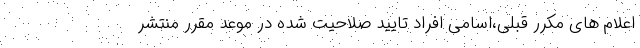
اعلام های مکرر قبلی،اسامی افراد تایید صلاحیت شده در موعد مقرر منتشر